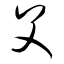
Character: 父